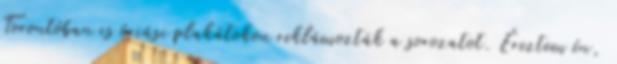
Torontóban is óriási plakátokon reklámozták a sorozatot. Éreztem én,